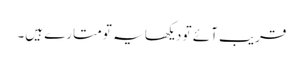
قریب آئے تو دیکھا یہ تو متارے ہیں۔